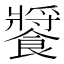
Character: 𩞟